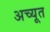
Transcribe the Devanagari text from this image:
अच्यूत